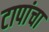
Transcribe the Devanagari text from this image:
टापांचा